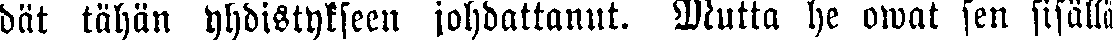
dät tähän yhdistykseen johdattanut. Mutta he owat sen sisällä